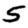
Digit: 5